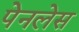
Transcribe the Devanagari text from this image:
पेनलेस